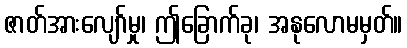
ဇာတ်အားလျော်မှု၊ ဤခြောက်ခု၊ အနုလောမမှတ်။